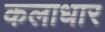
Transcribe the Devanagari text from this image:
कलाधार